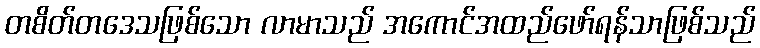
တစိတ်တဒေသဖြစ်သော လာမာသည် အကောင်အထည်ဖော်ရန်သာဖြစ်သည်